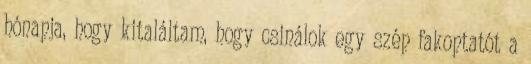
hónapja, hogy kitaláltam, hogy csinálok egy szép fakoptatót a